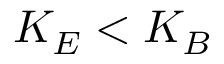
K _ { E } < K _ { B }